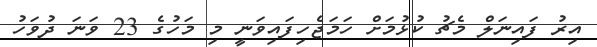
އިރު ފައިނަލް މެޗު ކުޅުމަށް ހަމަޖެހިފައިވަނީ މި މަހުގެ 23 ވަނަ ދުވަހު